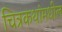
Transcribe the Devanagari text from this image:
चित्रकथांमधील